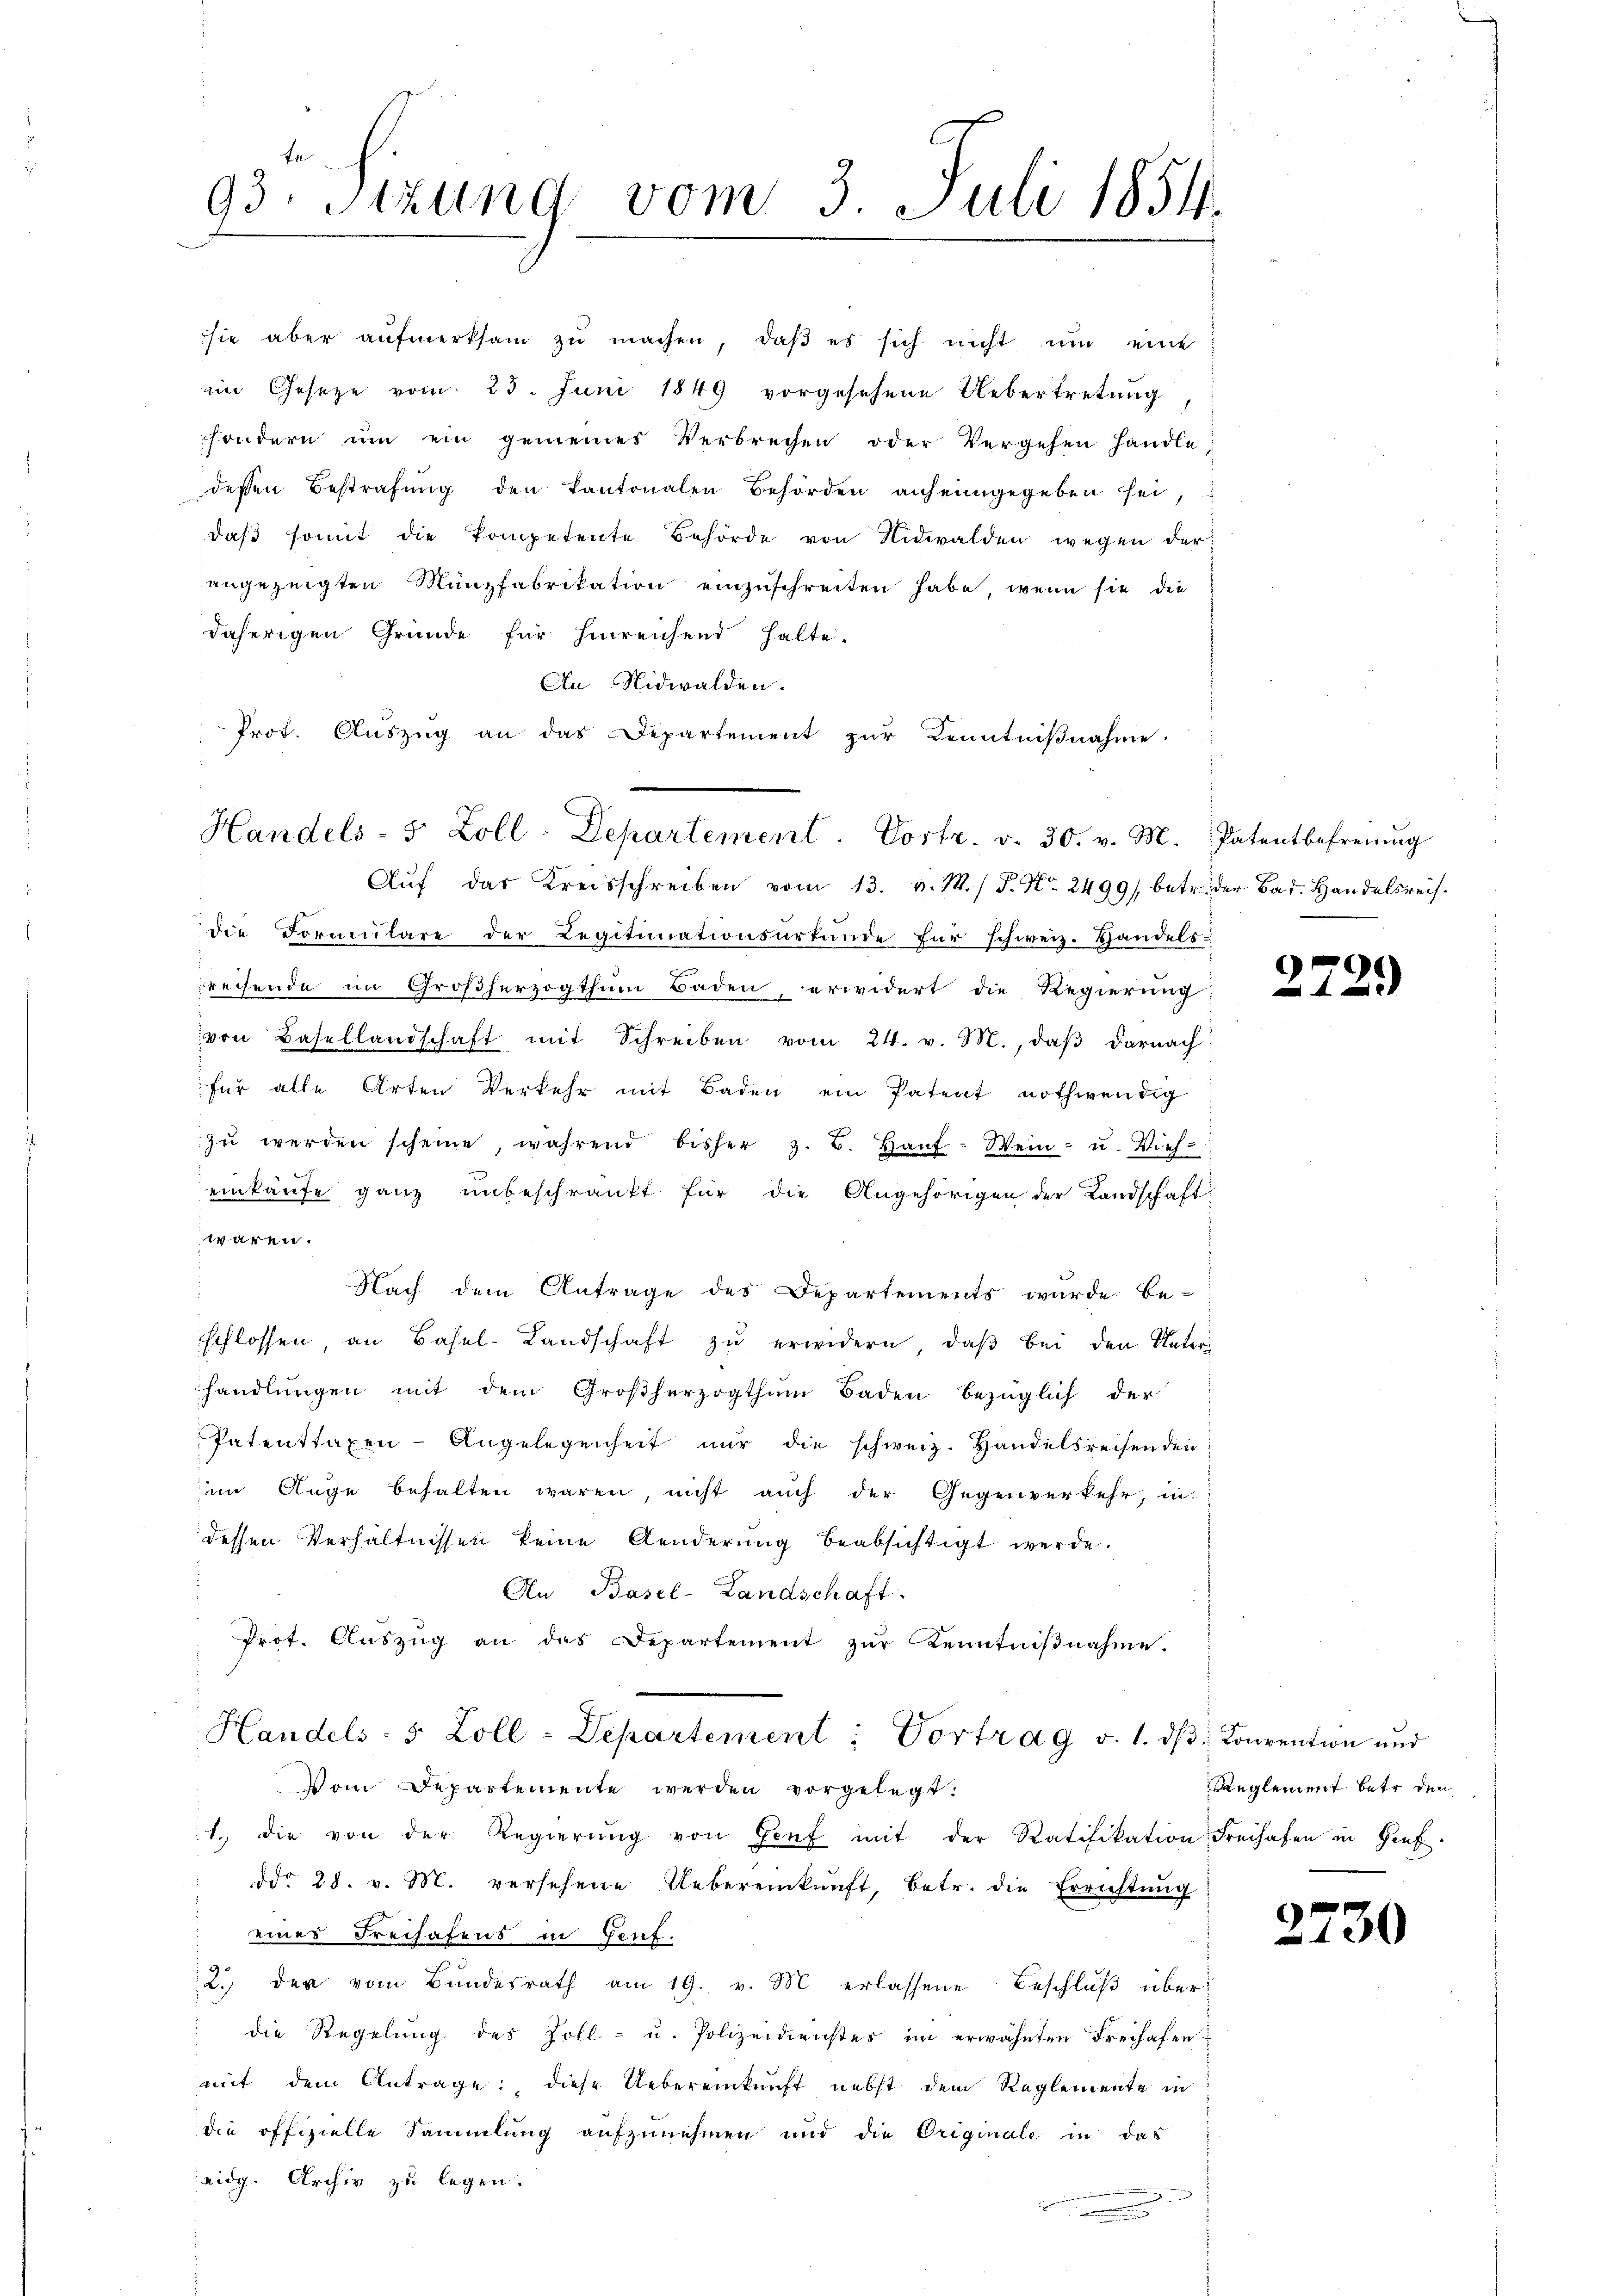
93. Sitzung vom 3. Juli 1854.

Handels- 5 Zoll-Departement. Vortr. v. 30. v. M. Patentbefreiung

sie aber aŭfmerksam zŭ machen, daβ es sich nicht um eine
im Geseze vom 23. Juni 1849 vorgesehene Uebertretung
sondern ŭm ein gemeines Verbrechen oder Vergehen handle
deßen Bestrafung den Kantonalen Behörden anfeingegeben sei,
daβ somit die Kompetente Behörde von Nidwalden wegen der
angezeigten Münzfabrikation einzŭschreiten habe, wenn sie die
daherigen Gründe für hinreichend halte.
An Nidwalden.
Prot. Auszug an das Departement zur Kenntnißnahme
Auf das Kreisschreiben vom 13. v. M. / P. Nr. 2499), betr. der Bad. Handelsreisdie Formulare der Legitimationsurtende für schweiz. Handels-
reisende im Großherzogthum Baden, erwidert die Regierung
von Basellandschaft mit Schreiben vom 24. v. M., daβ darnach
für alle Arten Verkehr mit Baden ein Patent nothwendig
zŭ werden scheine, während bisher z. B. Haŭf: Wein- u. Vieh-
einkaufe ganz unbeschränkt für die Angehörigen der Landschaft
waren.
Nach dem Antrage des Departements wurde be-
schlossen, an Basel-Landschaft zu erwidern, daß bei den Unter
handlŭngen mit dem Großherzogthum Baden bezüglich der
Patenttaxen-Angelegenheit nur die schweiz. Handelsreisen den
im Auge behalten waren, nicht auch der Gegenverkehr, in
dessen Verhältnissen keine Aenderung beabsichtigt werde.
An Basel-Landschaft.
Prot. Aŭszŭg an das Departement zŭr Kenntniβnahme.
Handels- 5 Zoll-Departement: Vortrag v. 1. dβ. Konvention und
Vom Departemente werden vorgelegt:
1. die von der Regierŭng von Genf mit der Ratifikation Freihafen in Hinf
ddo 28. v. M. versehene Uebereinkunft, betr. die Errichtŭng
 eines Freihafens in Genf.
2.) der vom Bundesrath am 19. v. M erlassene Beschluß überdie Regelŭng des Zoll- u. Polizeidienstes im erwähnten Freihafen
mit dem Antrage: diese Uebereinkunft nebst dem Reglemente in
die offizielle Sammlung aufzunehmen und die Originale in das
eidg. Archiv zu legen.
n

2729

27.

Reglement betr. den

30